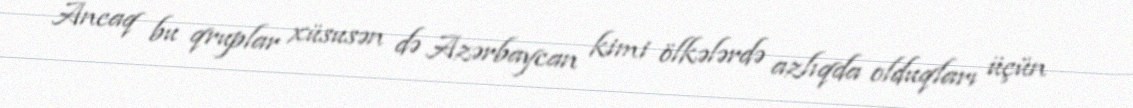
Ancaq bu qruplar xüsusən də Azərbaycan kimi ölkələrdə azlıqda olduqları üçün